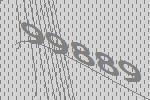
99889